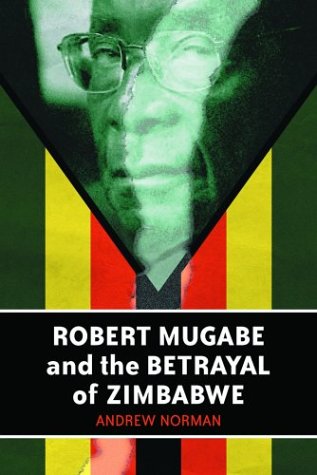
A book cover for Robert Mugabe and the Betrayal of Zimbabwe; Andrew Norman; History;